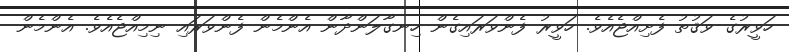
ހަވީރުގެ ވަޤުތު ފެށިއްޖެއެވެ. ހަވީރު ފެންވަރައިގެން ހިނގާލަންދާން އެންމެން ފެންވަރައި ނިމިއްޖެއެވެ. އެންމެން